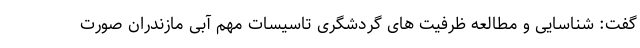
گفت: شناسایی و مطالعه ظرفیت های گردشگری تاسیسات مهم آبی مازندران صورت